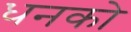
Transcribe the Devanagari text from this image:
धनको